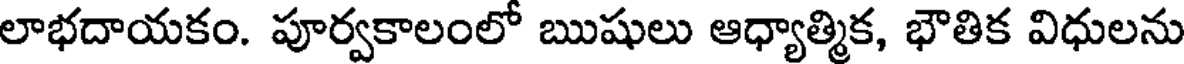
లాభదాయకం. పూర్వకాలంలో ఋషులు ఆధ్యాత్మిక, భౌతిక విధులను